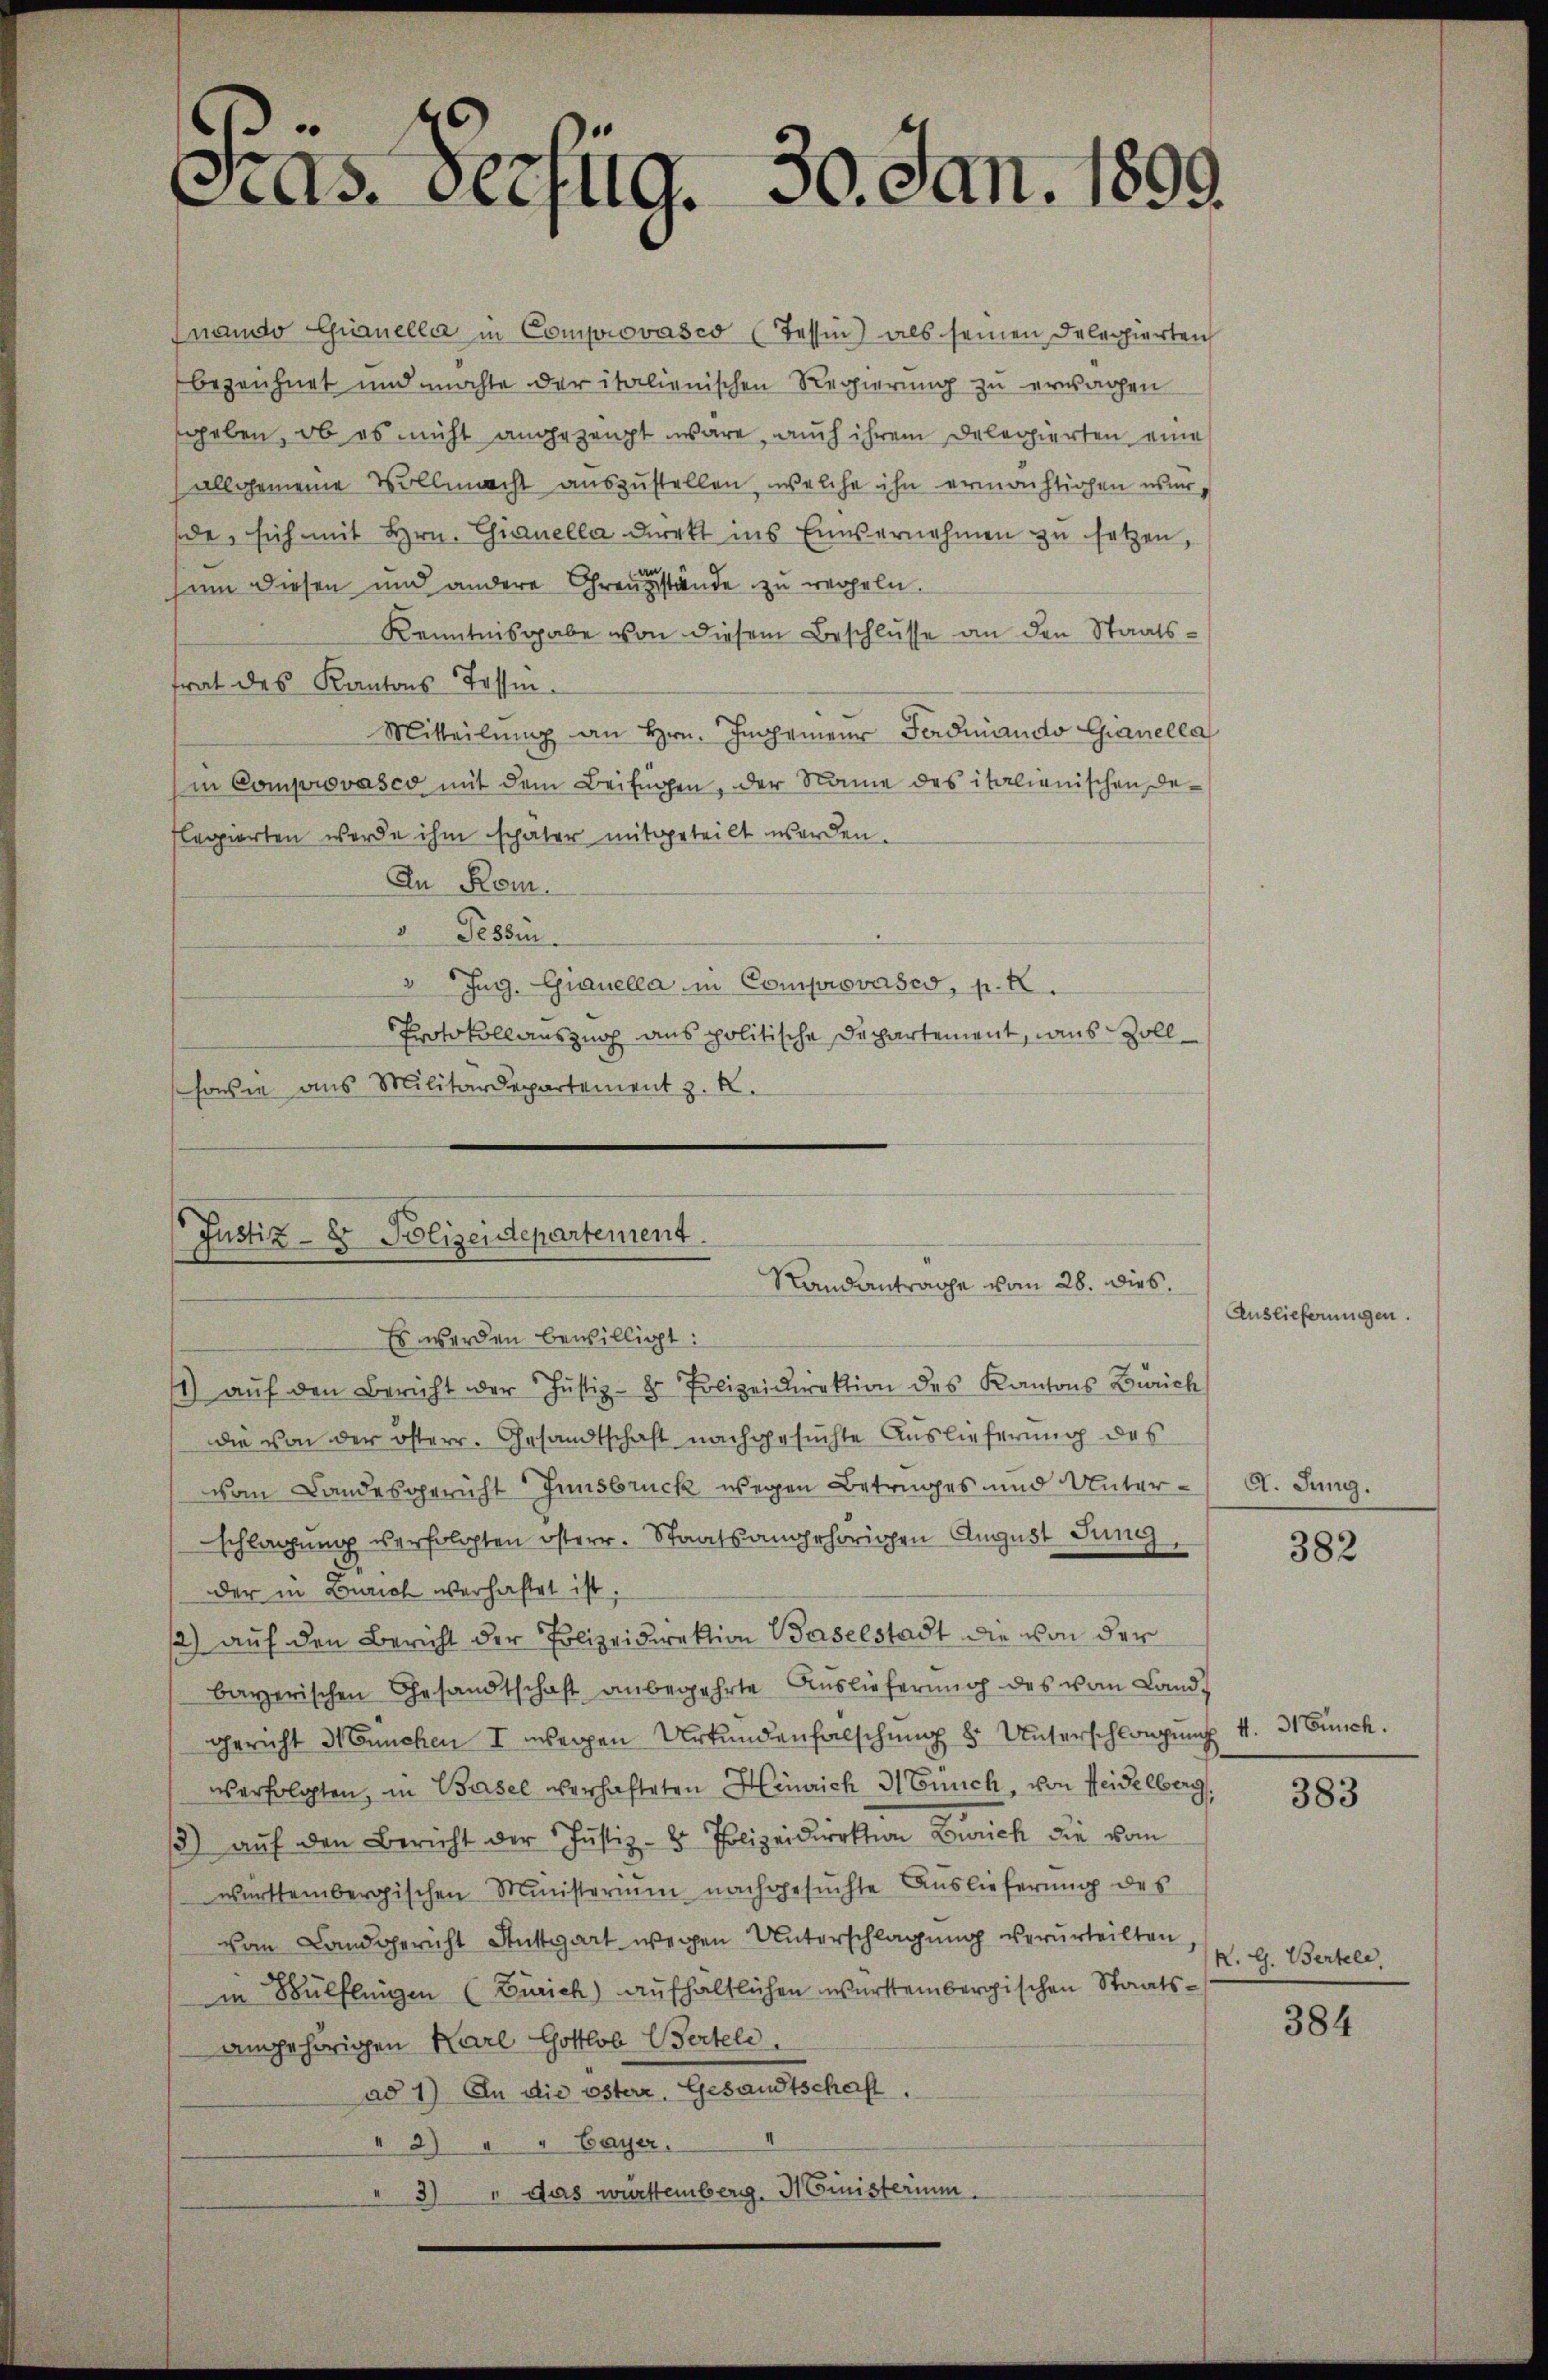
Präs. Verfüg, 30. Jan. 1899

nando Guanella in Comprovasco (Tessin) als seinen Delegierten
bezeichnet und möchte der italienischen Regierung zu erwachen
geben, ob es nicht angezeigt wäre, auch ihrem Delegierten eine
allgemeine Vollmacht auszustellen, welche ihn ermächtigen wurde, sich mit Hrn. Chianella Direkt ins Einvernehmen zu setzen,
um diesen und andere Grenzstände zu regeln.
Kenntnisgabe von diesem Beschlusse an den Staatstrat des Kantons Tessin.
Mitteilung an Hrn. Ingenieur Ferdinando Gianella
in Comprovasco mit dem Beifügen, der Name des italienischen Deflagierten werde ihm später mitgeteilt werden.
An Rom.
 Tessin
v Ing. Gianella in Comprovasco, p. K.
Protokollauszug aus politische Departement, des Zoll¬
sowie aus Militärdepartement z. R.

Justiz- & Polizeidepartement.
Standantrage vom 28. Dies
Es werden bewilligt:
) aŭf den Bericht der Justiz- & Polizeidirektion des Kantons Zürich

die von der österr. Gesandtschaft nachgesuchte Auslieferung des
vom Landesgericht Innsbruck wegen Betruges und Unterschlagung verfolgten österr. Staatsangehörigen August Jung
der in Zürich verhaftet ist.
/2) auf den Bericht der Polizeidirektion Baselstadt die von der
bayerischen Gesandtschaft anbegehrte Auslieferung des vom Land-
gericht München I wegen Urkundenfalschung 8 Unterschlangung 4. 31 Bünch.
verfolgten, in Basel verhafteten Heinrich Münch, von Heidelberg
) aŭf den Bericht der Justiz- & Polizeidirektion Zürich die vom
württembergischen Ministerium nachgesuchte Auslieferung des
von Landgericht Anttgart wegen Unterschlagung verurteilten,
in Wülflingen (Zürich) aufhältlichen württembergischen Staatsangehörigen Karl Gottlob Werteli.
ad 1) An die österr. Gesandtschaft.
" 2) " " Bayer.
3  das württemberg. Ministerium

Auslieferungen.

d. Jung.

382

383

K. G. Bertele,

384